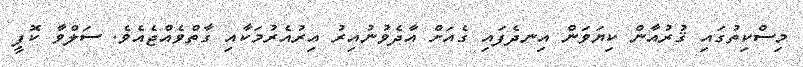
މިސްކިތުގައި ޤުރުއާން ކިޔަވަން އިނދެފައި ގެއަށް އާދެވުނުއިރު އިރުއެރުމަކާއި ގާތްވެއްޖެއެވެ. ސަލްވާ ކޮފީ